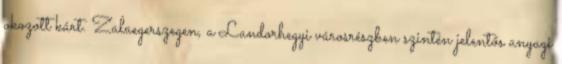
okozott kárt. Zalaegerszegen, a Landorhegyi városrészben szintén jelentős anyagi